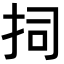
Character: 𭠟